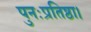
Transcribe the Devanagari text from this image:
पुनःप्रतिष्ठा।